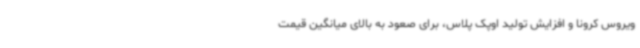
ویروس کرونا و افزایش تولید اوپک پلاس، برای صعود به بالای میانگین قیمت